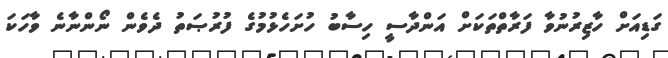
ގަޑިއަށް ހާޒިރުނުވާ ފަރާތްތަކަށް އަންދާސީ ހިސާބު ހުށަހެޅުމުގެ ފުރުޞަތު ދެވެން ނޯންނާނެ ވާހަކަ